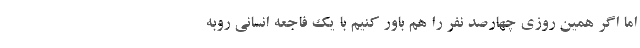
اما اگر همین روزی چهارصد نفر را هم باور کنیم با یک فاجعه انسانی روبه